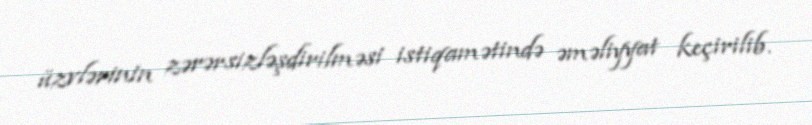
üzvlərinin zərərsizləşdirilməsi istiqamətində əməliyyat keçirilib.